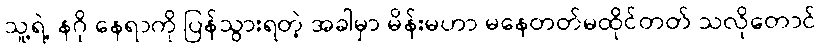
သူ့ရဲ့ နဂို နေရာကို ပြန်သွားရတဲ့ အခါမှာ မိန်းမဟာ မနေတတ်မထိုင်တတ် သလိုတောင်